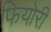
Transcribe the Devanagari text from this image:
फियोरी